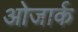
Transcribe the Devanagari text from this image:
ओजार्क